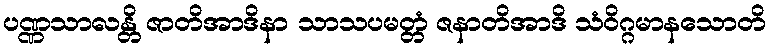
ပဏ္ဏသာလန္တိ ဇာတိအာဒိနာ သာသပမတ္တံ ဇနာတိအာဒိ သံဝိဂ္ဂမာနသောတိ